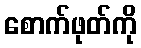
စောက်ဖုတ်ကို